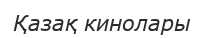
Қазақ кинолары